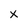
Character: x